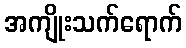
အကျိုးသက်ရောက်